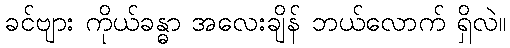
ခင်ဗျား ကိုယ်ခန္ဓာ အလေးချိန် ဘယ်လောက် ရှိလဲ။